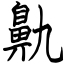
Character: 鼽